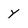
Character: y